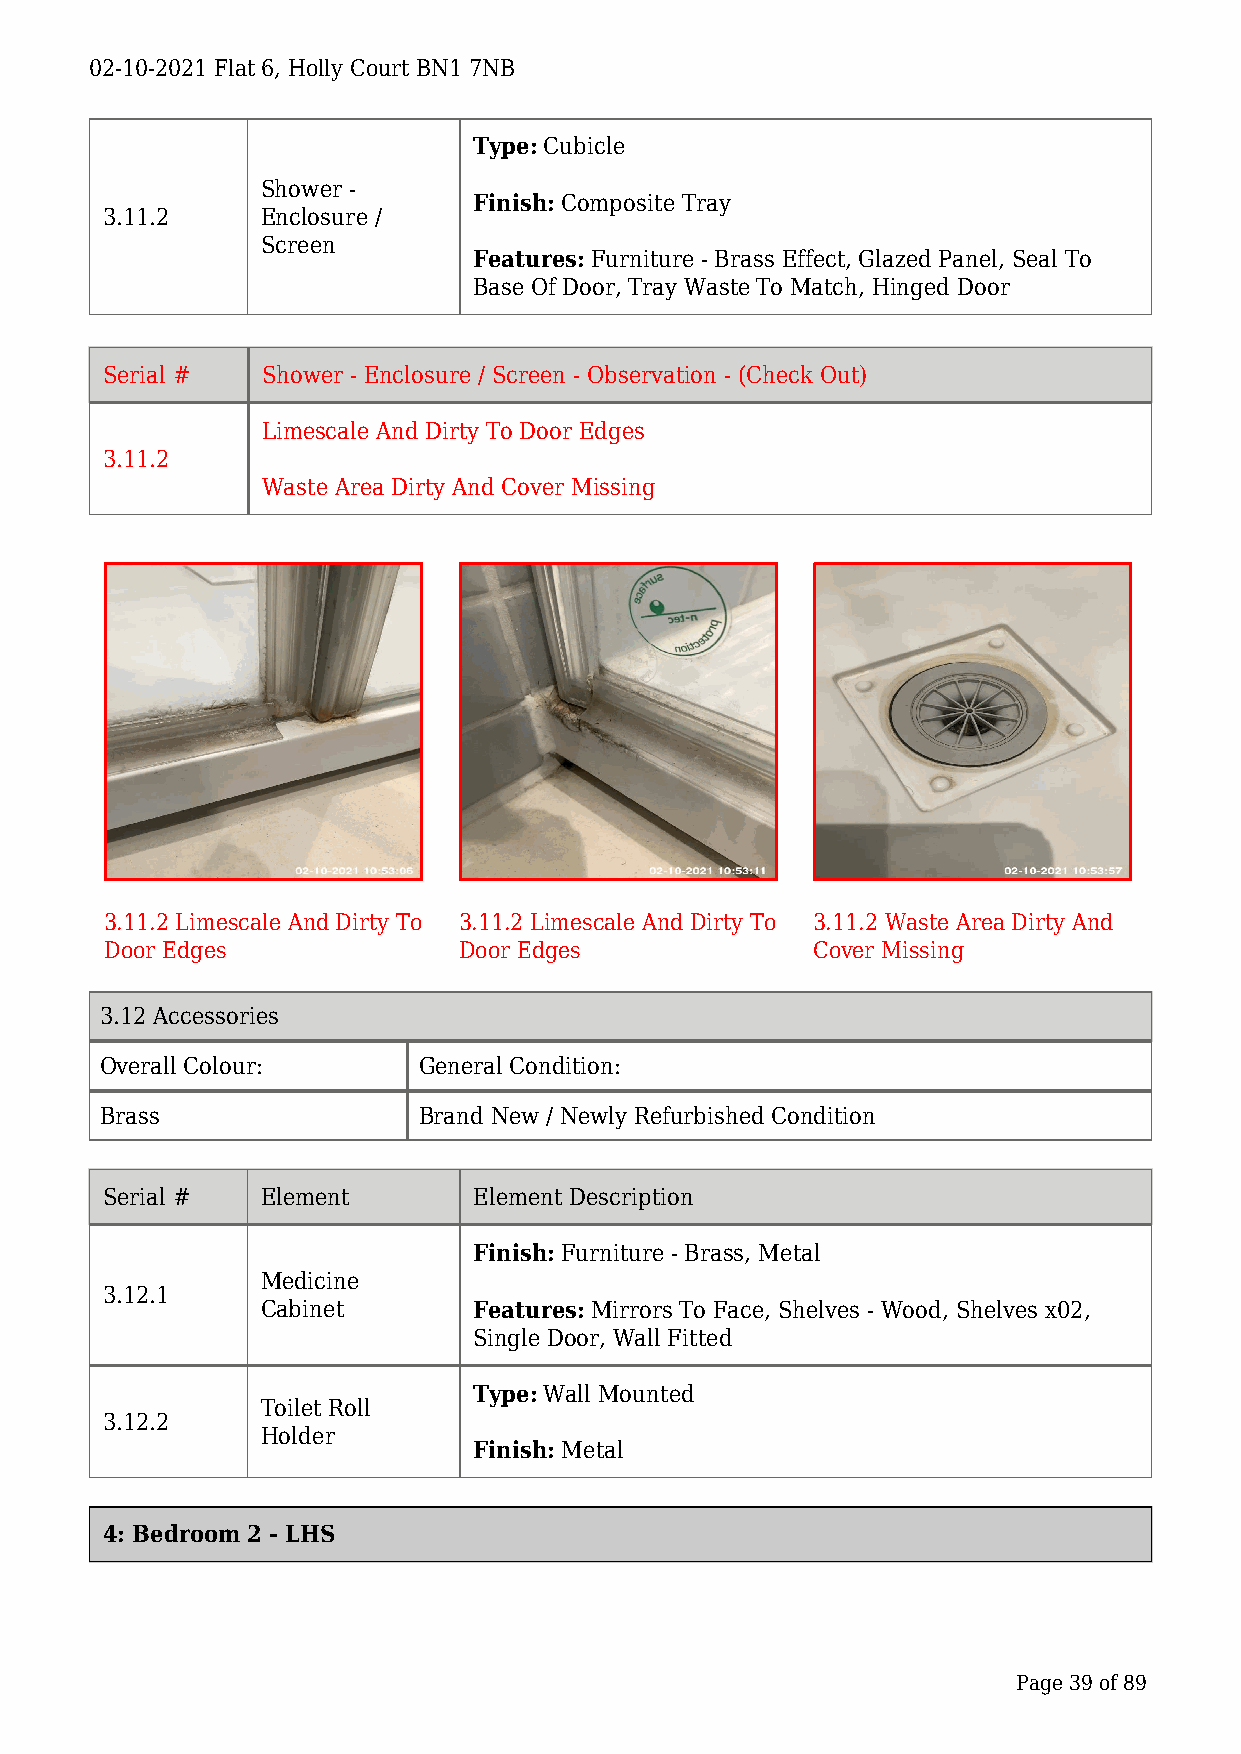
02-10-2021 Flat 6, Holly Court BN1 7NB
 Type: Cubicle
 Shower -
 Finish: Composite Tray
 3.11.2    Enclosure /
 Screen
 Features: Furniture - Brass Effect, Glazed Panel, Seal To
 Base Of Door, Tray Waste To Match, Hinged Door
 Serial #  Shower - Enclosure / Screen - Observation - (Check Out)
 Limescale And Dirty To Door Edges
 3.11.2
 Waste Area Dirty And Cover Missing
 3.11.2 Limescale And Dirty To 3.11.2 Limescale And Dirty To 3.11.2 Waste Area Dirty And
 Door Edges             Door Edges              Cover Missing
 3.12 Accessories
 Overall Colour:      General Condition:
 Brass                Brand New / Newly Refurbished Condition
 Serial #  Element       Element Description
 Finish: Furniture - Brass, Metal
 Medicine
 3.12.1
 Cabinet       Features: Mirrors To Face, Shelves - Wood, Shelves x02,
 Single Door, Wall Fitted
 Type: Wall Mounted
 Toilet Roll
 3.12.2
 Holder
 Finish: Metal
 4: Bedroom 2 - LHS
 Page 39 of 89